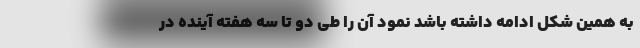
به همین شکل ادامه داشته باشد نمود آن را طی دو تا سه هفته آینده در